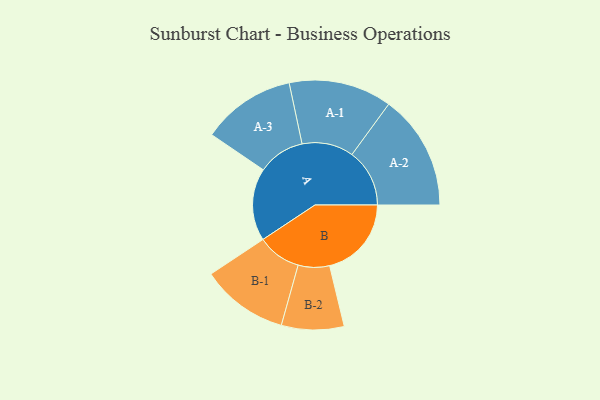
{"axis": {"x": "Segment", "y": "Value"}, "legend": ["", "A", "B"], "data": [{"x": "A", "y": 297, "type": ""}, {"x": "B", "y": 335, "type": ""}, {"x": "A-1", "y": 211, "type": "A"}, {"x": "A-2", "y": 236, "type": "A"}, {"x": "A-3", "y": 192, "type": "A"}, {"x": "B-1", "y": 179, "type": "B"}, {"x": "B-2", "y": 128, "type": "B"}]}